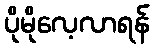
ပိုမိုလေ့လာရန်